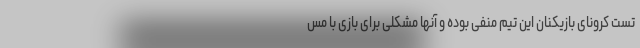
تست کرونای بازیکنان این تیم منفی بوده و آنها مشکلی برای بازی با مس